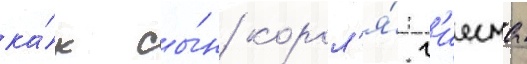
ка́к сы́н корол'я́ г'иесма